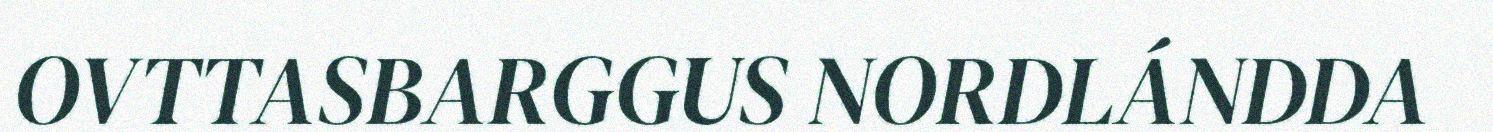
OVTTASBARGGUS NORDLÁNDDA